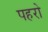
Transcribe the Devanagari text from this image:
पहरो